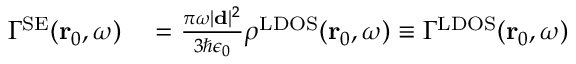
\begin{array} { r l } { \Gamma ^ { \mathrm { S E } } ( \mathbf { r } _ { 0 } , \omega ) } & { { } = \frac { \pi \omega \vert \mathbf { d } \vert ^ { 2 } } { 3 \hbar \epsilon _ { 0 } } \rho ^ { \mathrm { L D O S } } ( \mathbf { r } _ { 0 } , \omega ) \equiv \Gamma ^ { \mathrm { L D O S } } ( \mathbf { r } _ { 0 } , \omega ) } \end{array}